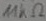
Text: 11KΩ